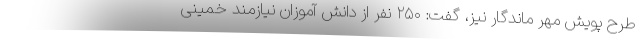
طرح پویش مهر ماندگار نیز، گفت: ۲۵۰ نفر از دانش آموزان نیازمند خمینی